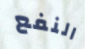
النفع